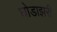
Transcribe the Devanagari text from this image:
घोडाझरी